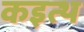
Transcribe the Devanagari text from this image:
कइत्थ